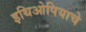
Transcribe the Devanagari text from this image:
इथिओपियाचे